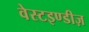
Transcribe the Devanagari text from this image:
वेस्टइण्डीज़